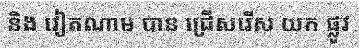
និង វៀតណាម បាន ជ្រើសរើស យក ផ្លូវ